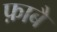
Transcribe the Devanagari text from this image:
फ़ाबै